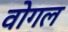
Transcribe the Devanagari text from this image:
वोगल